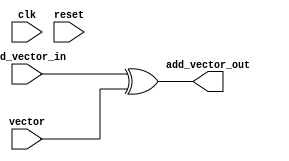
`timescale 1ns / 1ps


module add_vector(
    input wire clk,
    input wire reset,
    input wire [127:0] vector,
    input wire [127:0] add_vector_in,
    output wire [127:0] add_vector_out
	);
	
	
	
	
	//Internal logic
	reg [127:0] vector_temp;
	reg [127:0] add_vector_temp; 
	reg [127:0] add_vector_next;
	
	
	
//	always @(posedge clk)
//    begin
//        state_ark_out_reg <= state_ark_out_next;
//    end
	
	always @*
    begin
    	//Combinational logic
    	vector_temp = vector;
    	add_vector_temp = add_vector_in;
    	//Add Round Key
        add_vector_next = add_vector_temp[127:0] ^ vector_temp[127:0];
    end
    
    assign add_vector_out = add_vector_next;
	
	
endmodule